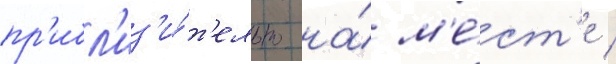
пр'ибл'из'и́т'ельно на́ м'е́ст'е /